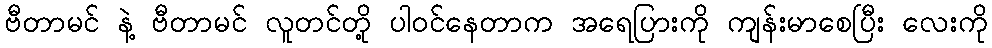
ဗီတာမင် နဲ့ ဗီတာမင် လူတင်တို့ ပါဝင်နေတာက အရေပြားကို ကျန်းမာစေပြီး လေးကို